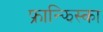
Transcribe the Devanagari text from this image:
फ्रान्झिस्का